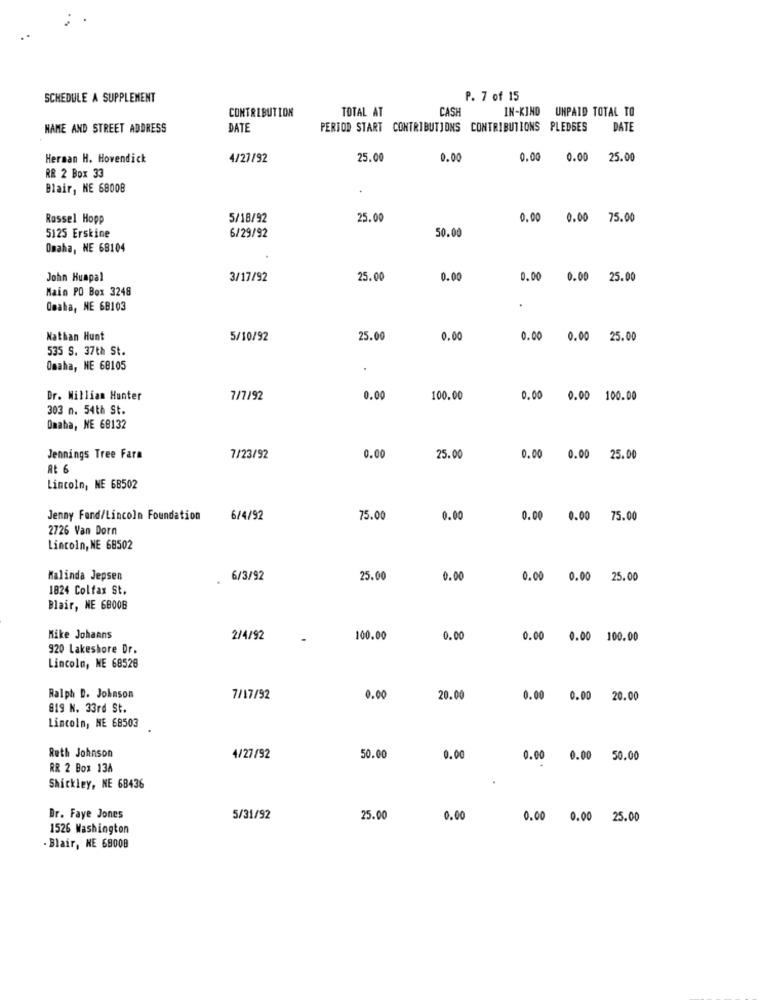
SCHEDULE A SUPPLEMENT
P. 7 of 15
CONTRIBUTION
TOTAL AT
CASH
IN-KIND UNPAID TOTAL TO
NAME AND STREET ADDRESS
DATE
PERIOD START CONTRIBUTIONS CONTRIBUTIONS PLEDGES
DATE
Herman H. Hovendick
4/27/92
25.00
0.00
0.00
0.00
25.00
RR 2 Box 33
Blair, NE 68008
Rassel Hopp
5/18/92
25.00
0.00
0.00 75.00
50.00
5125 Erskine
6/29/92
Omaha, NE 68104
John Huapal
3/17/92
25.00
0.00
0.00
0.00
25.00
Main PO Box 3248
Omaha, NE 68103
Nathan Hunt
5/10/92
25.00
0.00
0.00
0.00
25.00
535 S. 37th St.
Omaha, NE 68105
.
Dr. William Hunter
7/7/92
0.00
100.00
0.00
0.00 100.00
303 n. 54th St.
Omaha, NE 68132
Jennings Tree Fara
7/23/92
0.00
25.00
0.00 0.00 25.00
At 6
Lincoln, NE 68502
Jenny Fand/Lincoln Foundation
6/4/92
75.00
0.00
0.00 0.00 75.00
2726 Van Dorn
Lincoln, NE 68502
Malinda Jepsen
6/3/92
25.00
0.00
0.00 0.00 25.00
1824 Colfax St.
Blair, NE 68008
Mike Johanns
2/4/92
-
100.00
0.00
0.00 0.00 100.00
920 Lakeshore Dr.
Lincoln, NE 68520
Ralph D. Johnson
7/17/92
0.00
20.00
0.00 0.00 20.00
819 N. 33rd St.
Lincoln, NE 68503
Ruth Johnson
4/27/92
50.00
0.00
0.00 0.00 50.00
RR 2 Box 134
Shickley, NE 68436
Dr. Faye Jones
5/31/92
25.00
0.00
0.00 0.00 25.00
1526 Washington
Blair, NE 68008